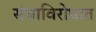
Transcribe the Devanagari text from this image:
संघाविरोधात